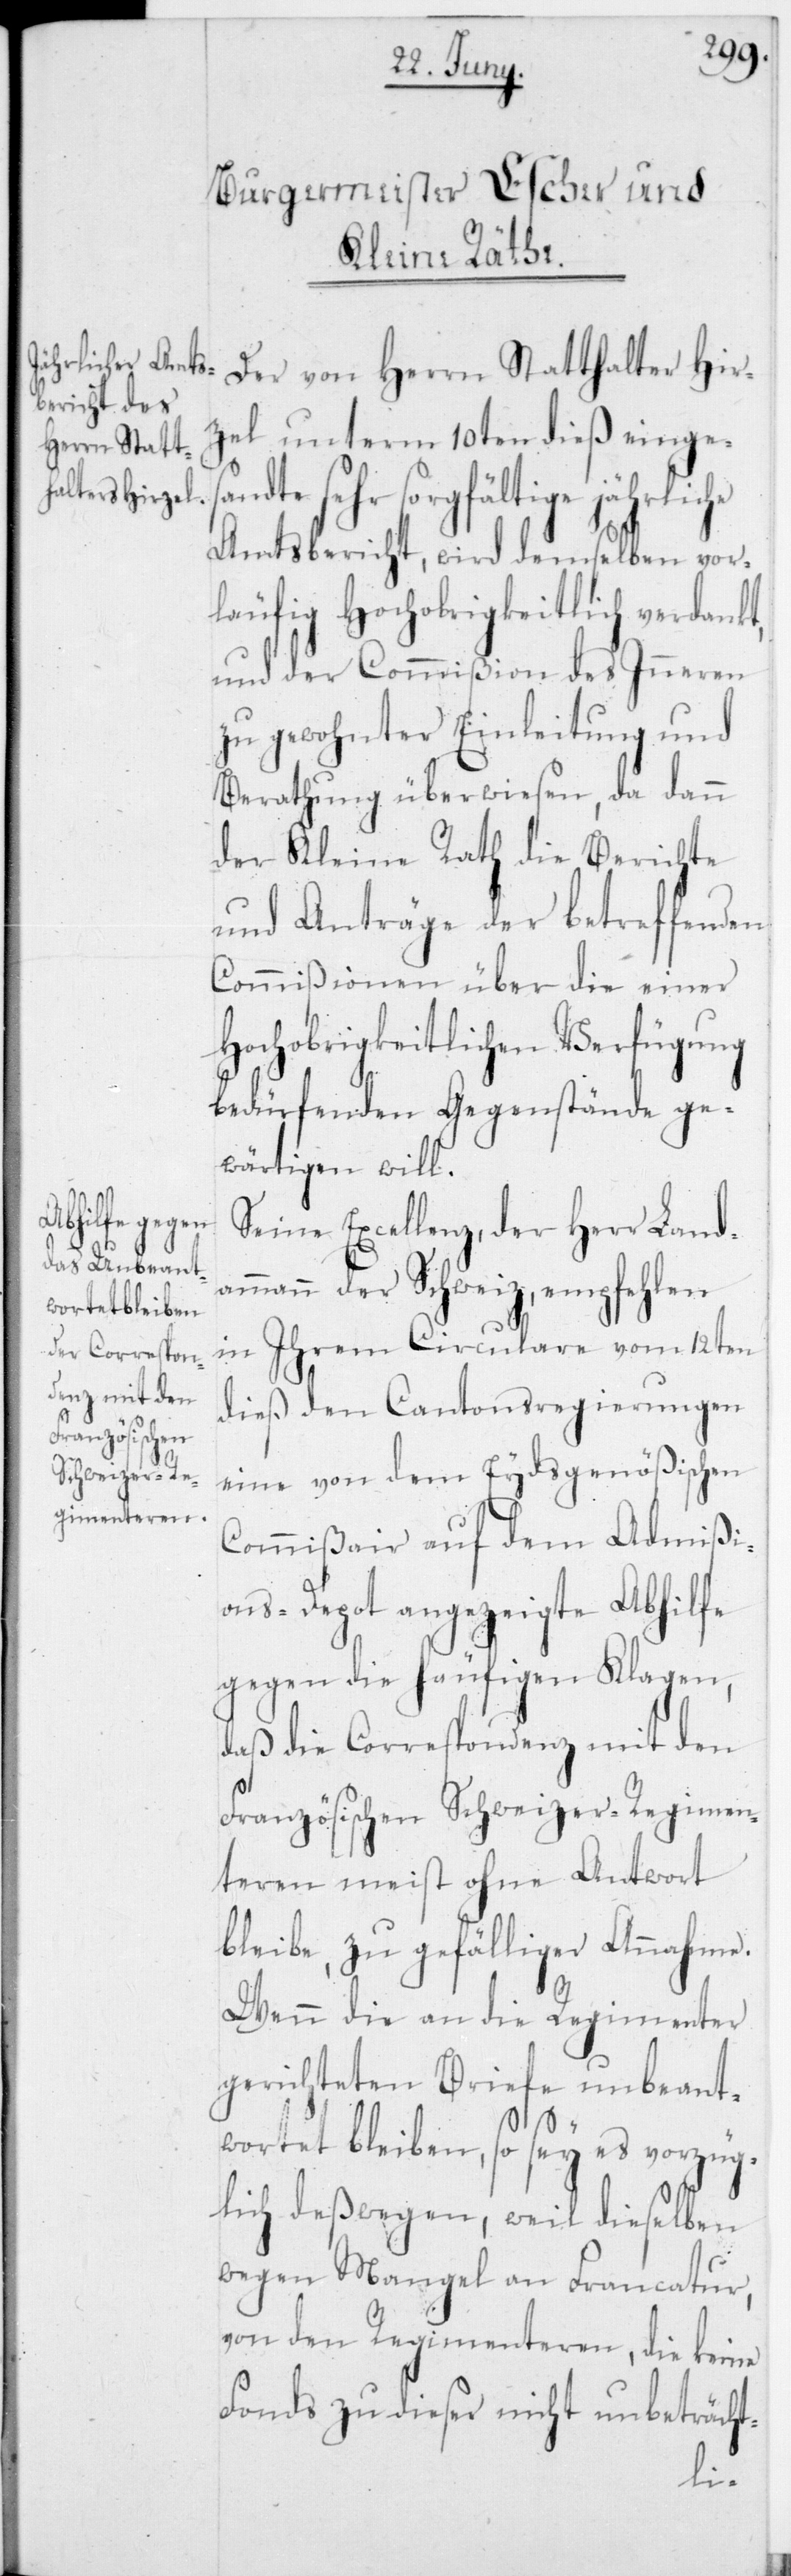
Der von Herrn Statthalter Hir¬
zel unterm 10ten dieß einge¬
sandte sehr sorgfältige
Amtsbericht, wird demselben vor¬
läufig Hochobrigkeitlich verdankt,
und der Commißion des Inneren
zu gewohnter Einleitung und
Berathung überwiesen, da dann
der Kleine Rath die Berichte
und Anträge der betreffenden
Commißionen über die einer
Hochobrigkeitlichen Verfügung
bedürfenden Gegenstände ge¬
wärtigen will.
Seine Excellenz, der Herr Land¬
ammann der Schweiz, empfehlen
in Ihrem Circulare vom 12ten
dieß den Cantonsregierungen
eine von dem Eydsgenößischen
Commißair auf dem Admißi¬
ons-Depot angezeigte Abhilfe
gegen die häufigen Klagen,
daß die Correspondenz mit den
Französischen Schweizer-Regimen¬
teren meist ohne Antwort
bleibe, zu gefälliger Annahme.
Wenn die an die Regimenter
gerichteten Briefe unbeant¬
wortet bleiben, so sey es vorzüg¬
lich deßwegen, weil dieselben
wegen Mangel an Francatur,
von den Regimenteren, die keine
Fonds zu dieser nicht unbeträcht-